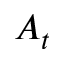
A _ { t }